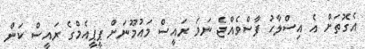
އެގޮތަށް އެ އިސްލާހު ފާސްވެއްޖެ ނަމަ ރައީސް މައުމޫނަށް ޕީޕީއެމްގެ ރައީސް ކަން